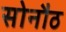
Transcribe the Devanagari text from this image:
सोनौठ